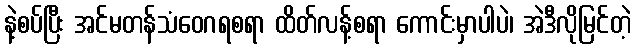
နဲ့စပ်ပြီး အင်မတန်သံဝေဂရစရာ ထိတ်လန့်စရာ ကောင်းမှာပါပဲ၊ အဲဒီလိုမြင်တဲ့